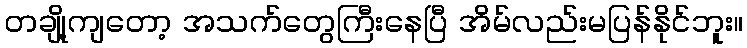
တချို့ကျတော့ အသက်တွေကြီးနေပြီ အိမ်လည်းမပြန်နိုင်ဘူး။